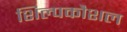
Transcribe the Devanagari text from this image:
शिल्पकौशल